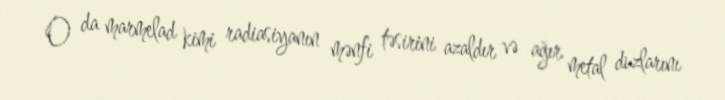
O da marmelad kimi radiasiyanın mənfi təsirini azaldır və ağır metal duzlarını